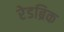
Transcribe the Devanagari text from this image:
रेडब्रिक